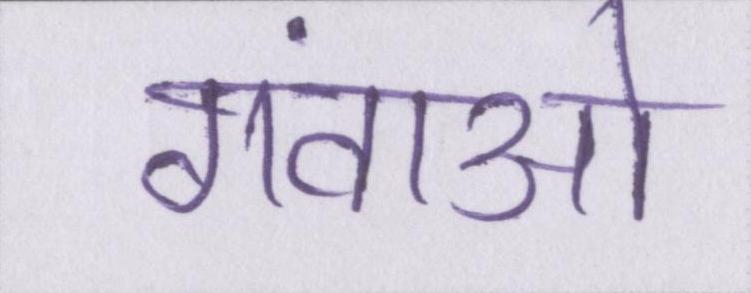
गंवाओ